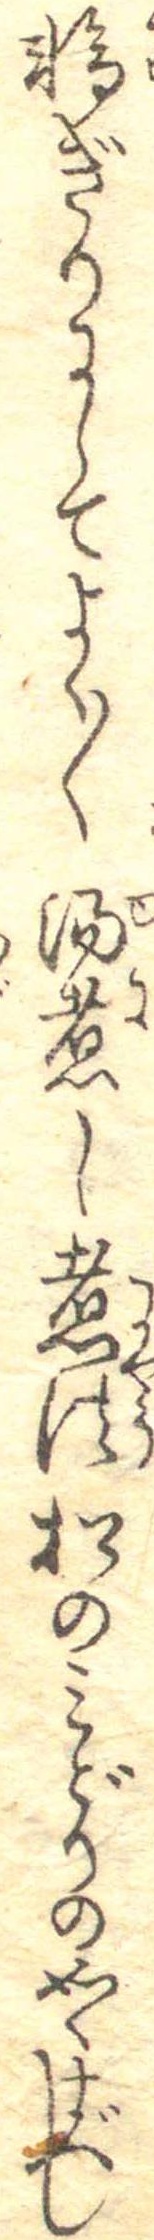
輪ぎりにしてよく〱湯煮し煮法松のみどりの如くすべし